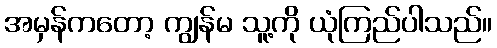
အမှန်ကတော့ ကျွန်မ သူ့ကို ယုံကြည်ပါသည်။